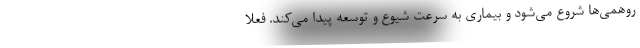
روهمی‌ها شروع می‌شود و بیماری به سرعت شیوع و توسعه پیدا می‌کند. فعلا